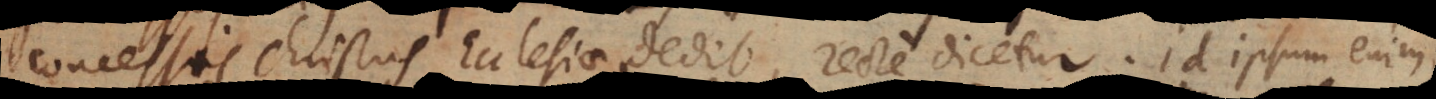
concessis Christus ecclesiae dedit, recte dicetur. Id ipsum enim